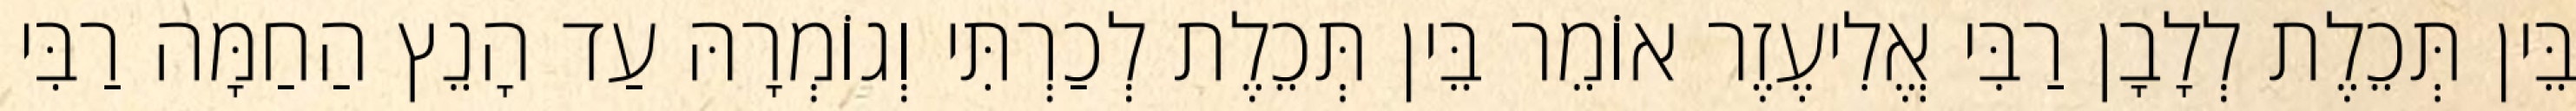
בֵּין תְּכֵלֶת לְלָבָן רַבִּי אֱלִיעֶזֶר אוֹמֵר בֵּין תְּכֵלֶת לְכַרְתִּי וְגוֹמְרָהּ עַד הָנֵץ הַחַמָּה רַבִּי